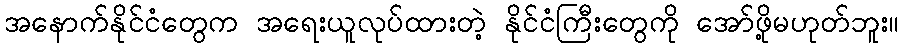
အနောက်နိုင်ငံတွေက အရေးယူလုပ်ထားတဲ့ နိုင်ငံကြီးတွေကို အော်ဖို့မဟုတ်ဘူး။